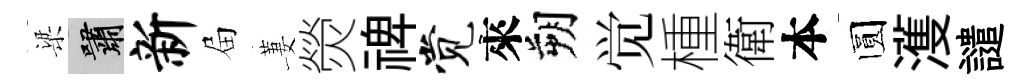
梁嘯新屇萋熒禆觉來朔觉㮔衛本圆濩譴